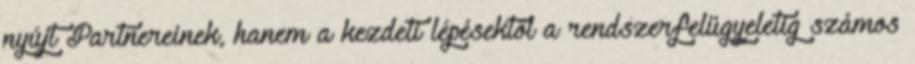
nyújt Partnereinek, hanem a kezdeti lépésektől a rendszerfelügyeletig számos